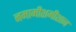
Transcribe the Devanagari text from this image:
नमामीशमीशान